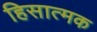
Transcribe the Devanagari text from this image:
हिसात्मक